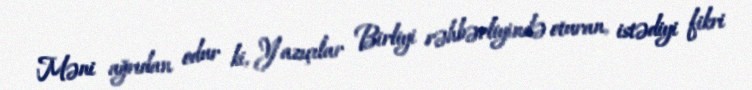
Məni ağrıdan odur ki, Yazıçılar Birliyi rəhbərliyində oturan, istədiyi fikri